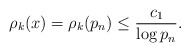
\begin{align*} \rho_k(x) = \rho_k(p_n) \leq \frac{c_1}{\log p_n}.\end{align*}